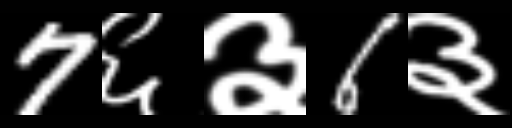
Text: 7६३6३